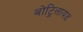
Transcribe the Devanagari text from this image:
बोट्रिलायड